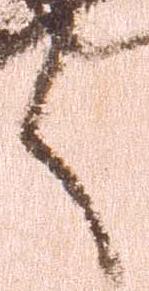
く